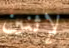
لإثنين